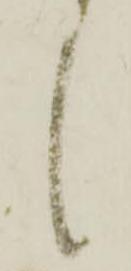
候